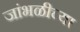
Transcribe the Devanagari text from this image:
जांभळीच्या